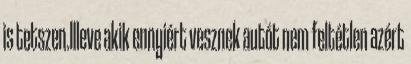
is tetszen.Illeve akik ennyiért vesznek autót nem feltétlen azért